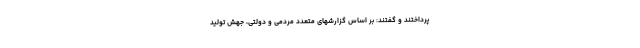
پرداختند و گفتند: بر اساس گزارشهای متعدد مردمی و دولتی، جهش تولید